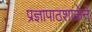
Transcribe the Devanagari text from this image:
प्रज्ञापाठशाळेने